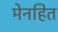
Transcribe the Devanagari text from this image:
मेनहित